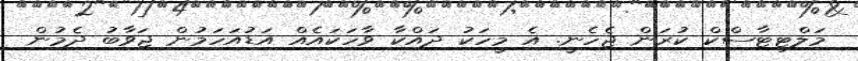
މަލްޓިޓާސްކް ކުރަން ޖެހެނީ. އެ މީހަކު ދައްކާ ވާހަކައެއް އަޑުއަހަމުން ޖަވާބު ދެމުން